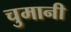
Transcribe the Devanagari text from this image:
चुमानी